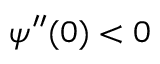
\psi ^ { \prime \prime } ( 0 ) < 0